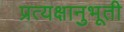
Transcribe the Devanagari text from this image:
प्रत्यक्षानुभूती